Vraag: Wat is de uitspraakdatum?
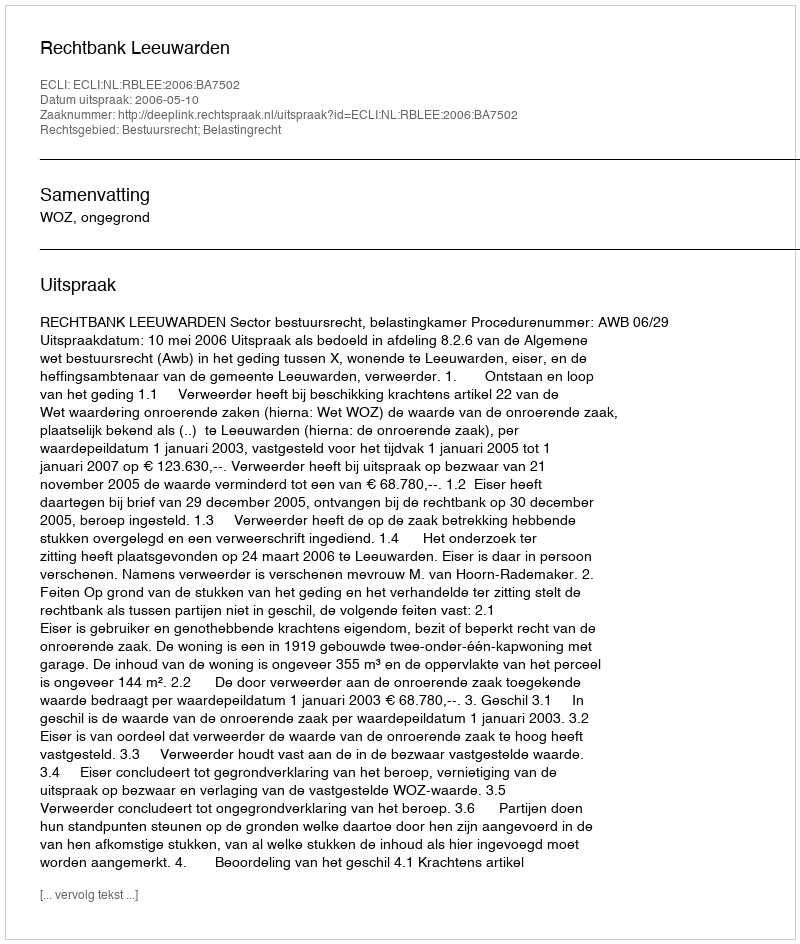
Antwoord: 2006-05-10